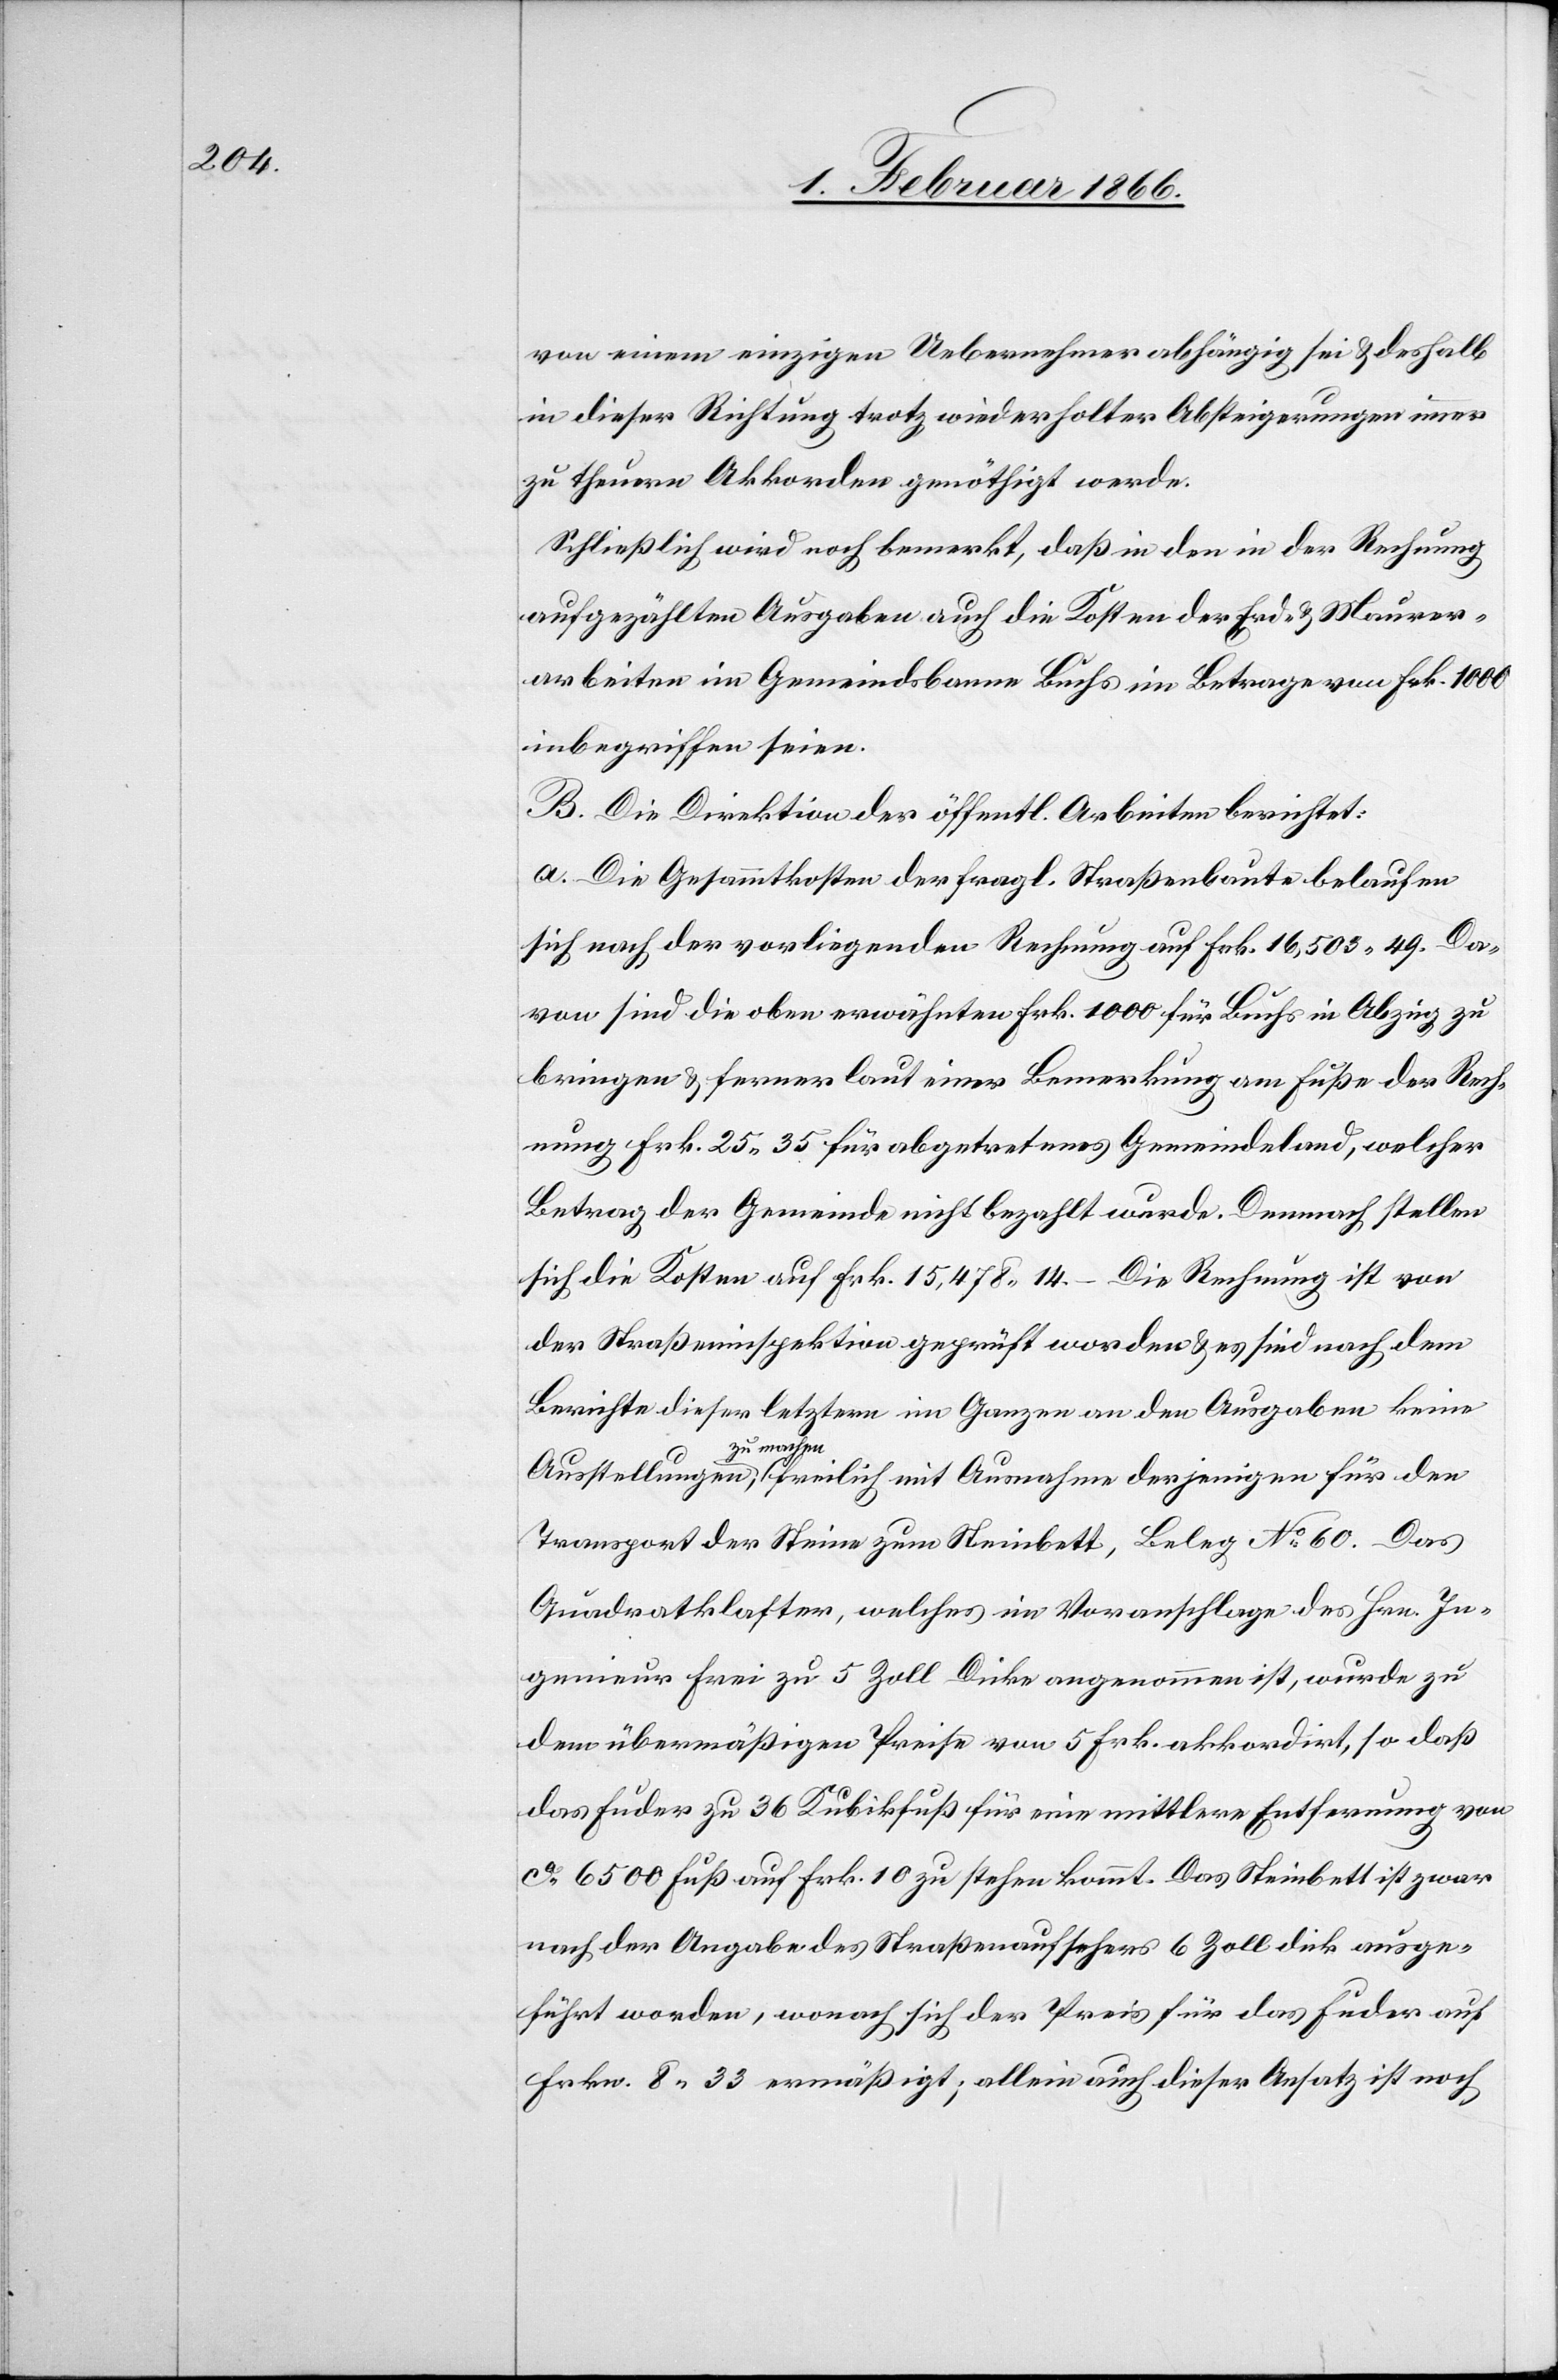
von einem einzigen Uebernehmer abhängig sei u. deshalb
in dieser Richtung trotz wiederholter Absteigerungen immer
zu theuern Akkorden genöthigt werde.
Schließlich wird noch bemerkt, daß in den in der Rechnung
aufgezählten Ausgaben auch die Kosten der Erd- u. Maurer¬
arbeiten im Gemeindsbanne Buchs im Betrage von Fr. 1000
inbegriffen seien.
B. Die Direktion der öffentl. Arbeiten berichtet:
a. Die Gesammtkosten der fragl. Straßenbaute belaufen
sich nach der vorliegenden Rechnung auf Frk. 16 505,49. Da¬
ran sind die oben erwähnten Frk. 1000 für Buchs in Abzug zu
bringen u. ferner laut einer Bemerkung am Fuße der Rech¬
nung Frk. 25,35 für abgetretenes Gemeindsland, welcher
Betrag der Gemeinde nicht bezahlt wurde. Demnach stellen
sich die Kosten auf Frk. 15 478,14. – Die Rechnung ist von
der Straßeninspektion geprüft worden u. es sind nach dem
Berichte dieser letztern im Ganzen an den Ausgaben keine
zu machen,
für
Transport der Steine zum Steinbett, Beleg No. 60. Das
Quadratklafter, welches im Voranschlage des Hrn. In¬
genieur Frei zu 5 Zoll Dicke angenommen ist, wurde zu
dem übermäßigen Preise von 5 Frk. akkordirt, so daß
das Fuder zu 36 Kubikfuß für eine mittlere Entfernung von
ca. 6500 Fuß auf Frk. 10 zu stehen kommt. Das Steinbett ist zwar
nach der Angabe des Straßenaufsehers 6 Zoll dick ausge¬
führt worden, wonach sich der Preis für das Fuder auf
Frkn. 8,33 ermäßigt; allein auch dieser Ansatz ist noch